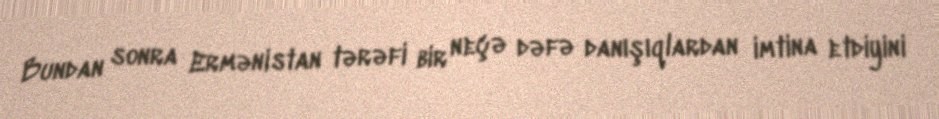
Bundan sonra Ermənistan tərəfi bir neçə dəfə danışıqlardan imtina etdiyini